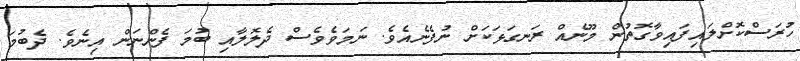
ހުރަސްކޮށްލައިފައިވާގޮތުން މޫނެއް ރަނގަޅަކަށް ނުފެނެއެވެ. ނަމަވެވެސް ދެލޮލާއި ބުމަ ފެންނަން އިނެވެ. ދެބުމަ